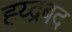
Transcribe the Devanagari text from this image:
ह्य्द्रबद